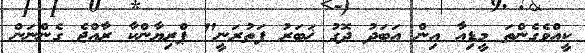
ކީއްވެގެންތަ މީޑިއާ އިން އަބަދު ދޮގު ޚަބަރު ފަތުރަނީ" ޕްރިޔާންކާ ރާއްޖެ ގެންނަން